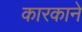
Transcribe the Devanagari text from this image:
कारकाने